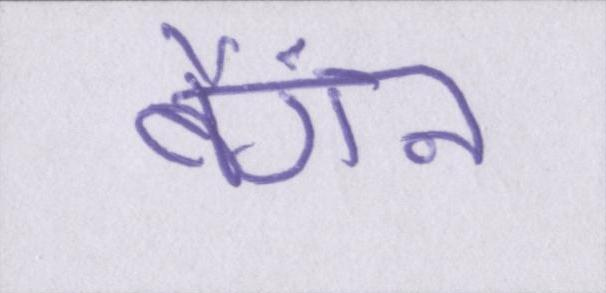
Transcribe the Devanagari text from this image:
बैंगन